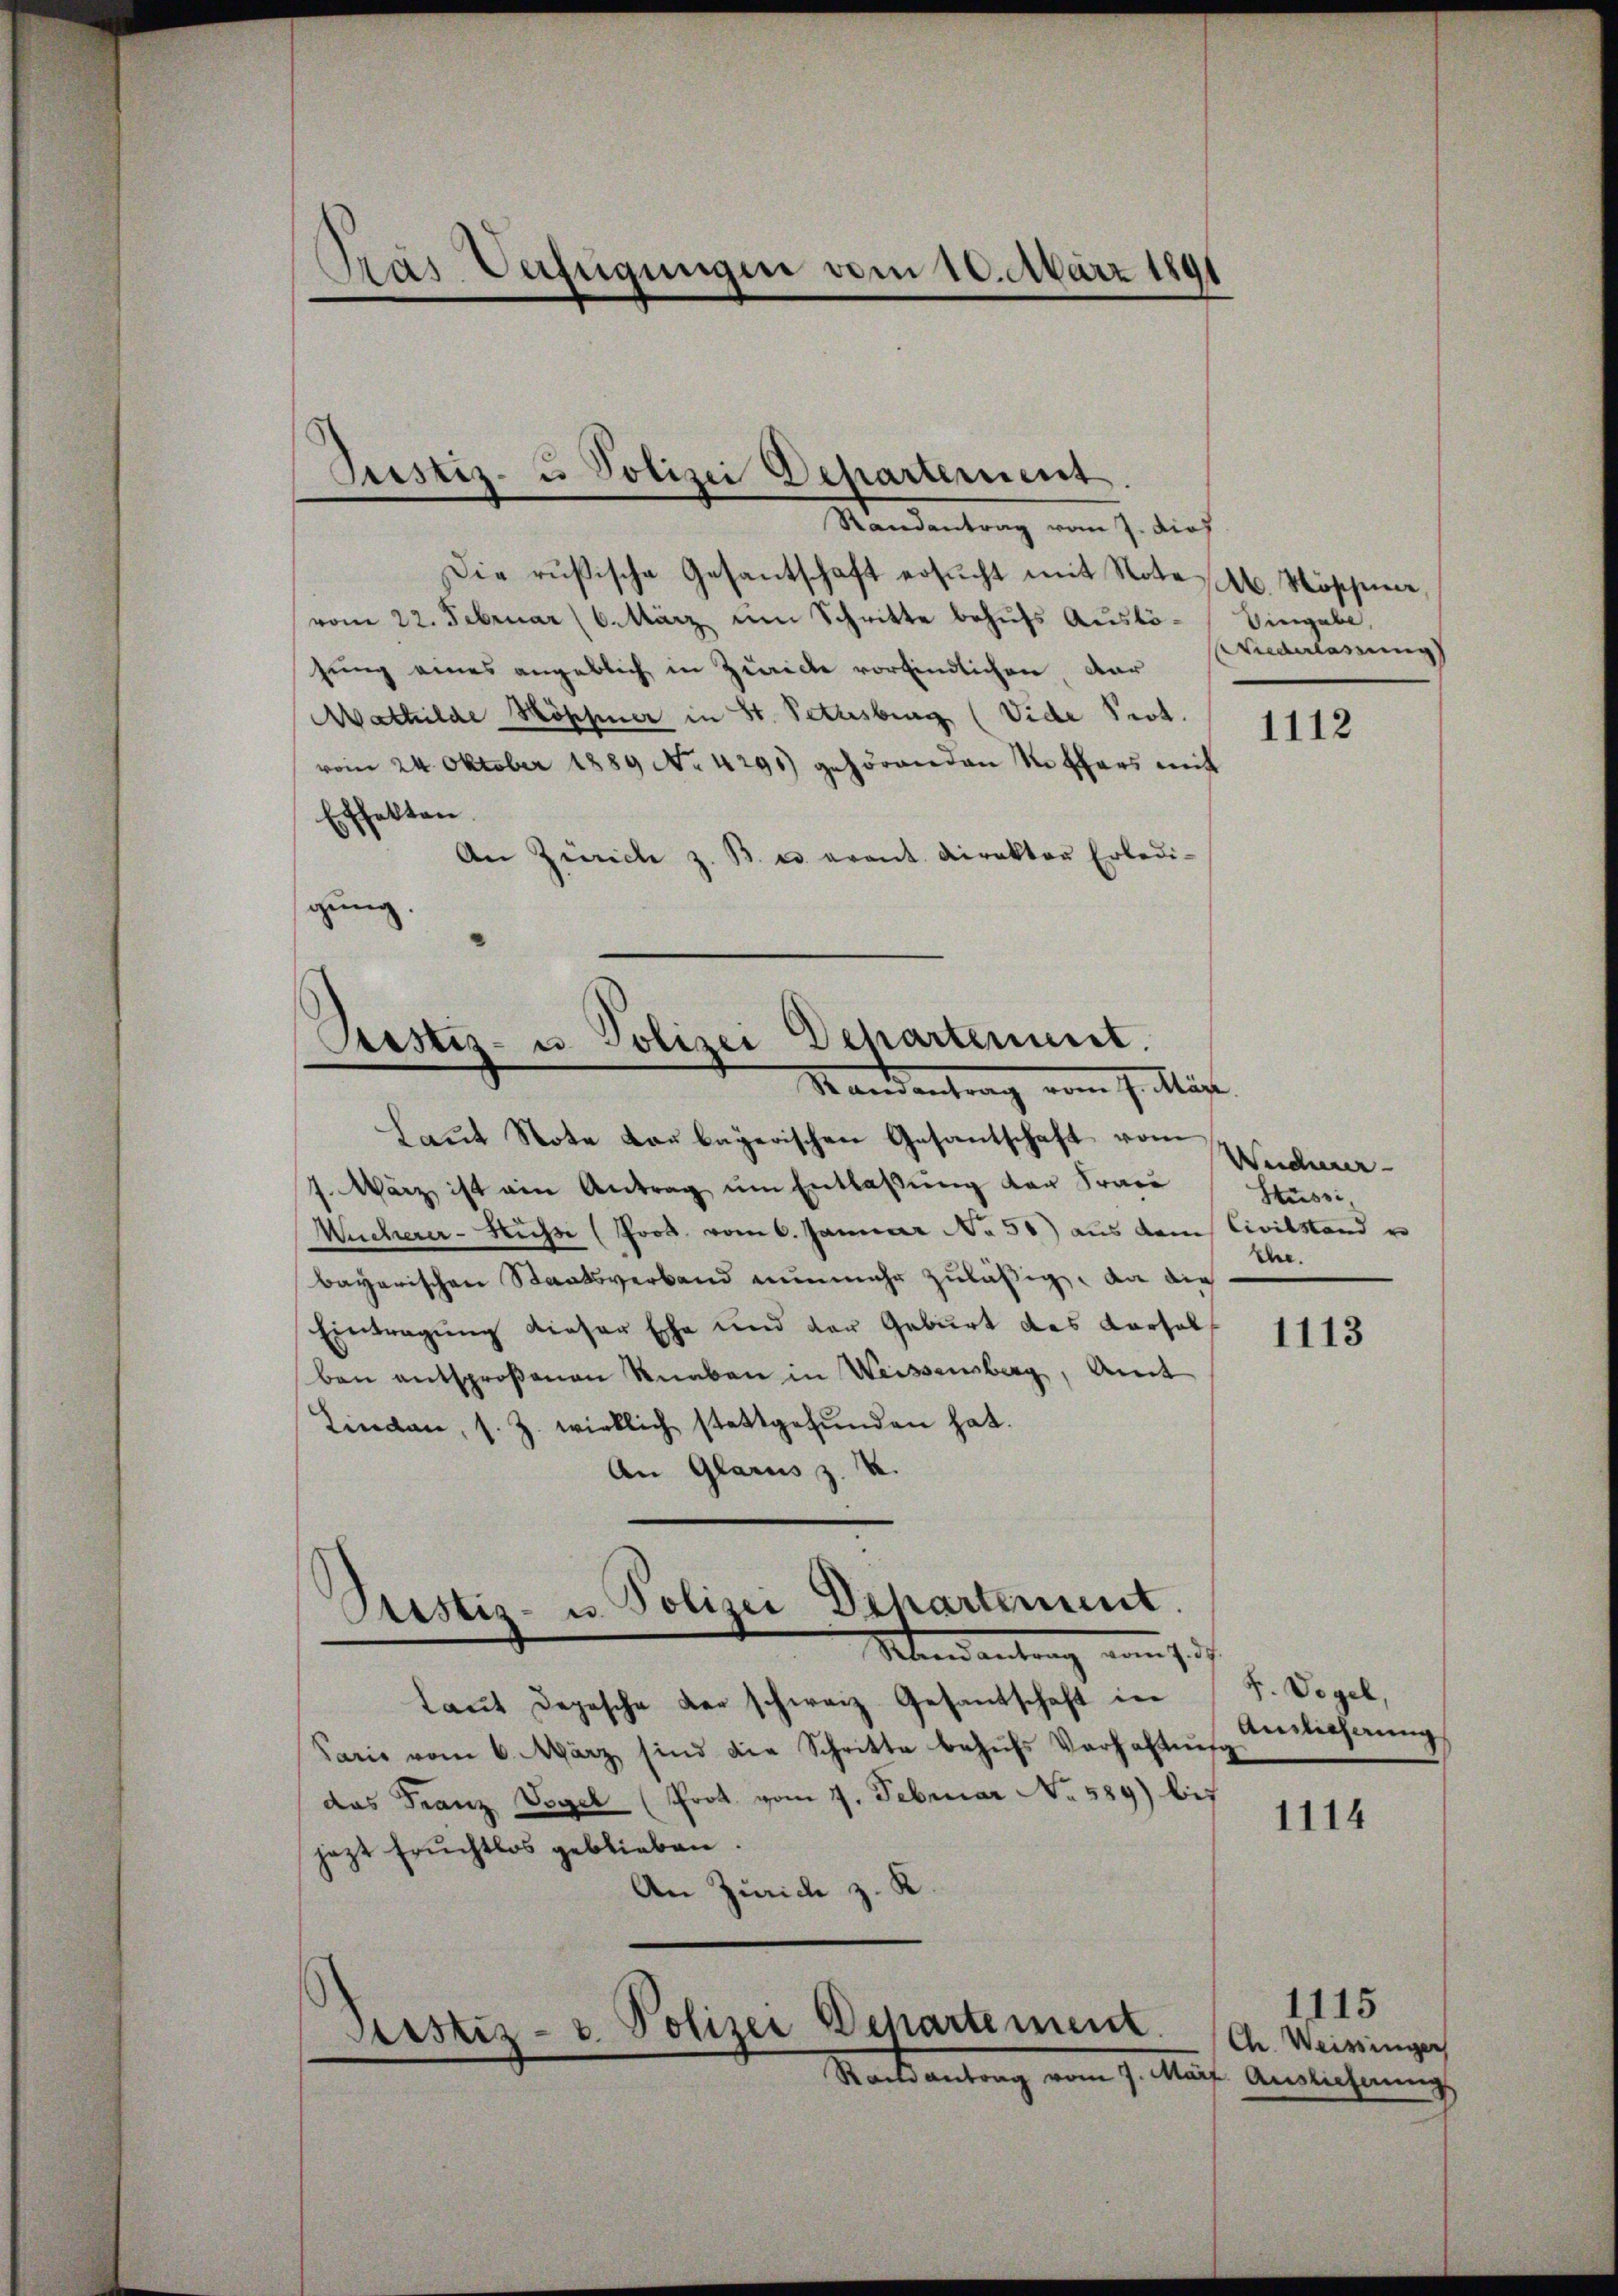
Pras Verfügungen vom 10. März 1891

Justiz- u Polizei Departement
Randantrag vom 7. dies

Die rusische Gesantschaft ersŭcht mit Note A. Nöscheine
vom 22. Februar (6. März ŭm Schritte behŭfs Aŭslö- Eingabe,
sung eines angeblich in Zwicke vorfindlichen Dar
Mathilde Köpfer in St. Petzesberg (Vide Prot.
1112
vom 24. Oktober 1889 No 4291) gehörenden Notars mit
Effekten.
An Zürich z. B. u. evant. Direktor Erledigung.

Pristis- u. Polizei Departement.
Standentrag vom 7. Mär

Laut Note vor bayerischen Gesantschaft vom
7. März ist ain Antrag ŭm Entlaßung der Frau
Mücherer-Hüsse (Prod. vom 6. Januar No 51) aus dem Civilstand u
bayerischen Staatsverband nunmehr zuläßig, an die
Eintragung dieser Esche und der Geburt des Karsel
ben entsprosenen Knaben in Weissensberg, Amt
Linden, s. Z. wirklich stattgefŭnden hat.
An Glarus z. K.
Sistis- u. Polizei Departement.
Mandantrag von sich
taŭt Depesche der schweiz. Gesantschaft in
Paris vom 6. März sind die Schritte behŭfs Verhaltung
das Franz Vogel (Prot. vom 7. Februar No. 589) bis
jezt Früchtlos geblieben.
An Zürich z. K

Justiz- u. Polizei Departement.
Stock antrag vom 7. Auf Antlicherung.

Niederlassung

Weicherer-
Stussi,
Ehe.

1113

F. Vogel,
Ainlicherung

1114

1115
Ch. Weissinger